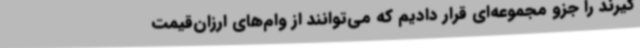
گیرند را جزو مجموعه‌ای قرار دادیم که می‌توانند از وام‌های ارزان‌قیمت